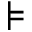
\models